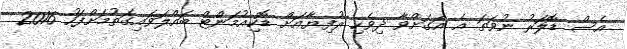
އެސް ޑޮލަރު ނުވަތަ އެ އަގަށްވާ ދިވެހި ރުފިޔާއަށް ޑޮކިއުމަންޓް ބައްލަވައިގަތުމަށްފަހު 2016